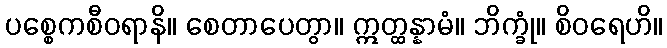
ပစ္စေကစီဝရာနိ။ စေတာပေတွာ။ ဣတ္ထန္နာမံ။ ဘိက္ခုံ။ စိဝရေဟိ။